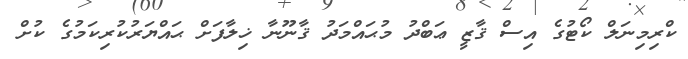
ކްރިމިނަލް ކޯޓުގެ އިސް ޤާޒީ ޢަބްދު މުޙައްމަދު ޤާނޫނާ ޚިލާފަށް ޙައްޔަރުކުރިކަމުގެ ކުށް